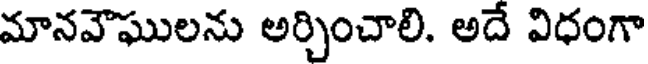
మానవౌఘులను అర్చించాలి. అదే విధంగా